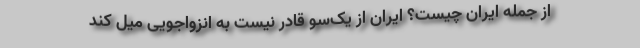
از جمله ایران چیست؟ ایران از یک‌سو قادر نیست به انزواجویی میل کند